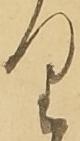
り